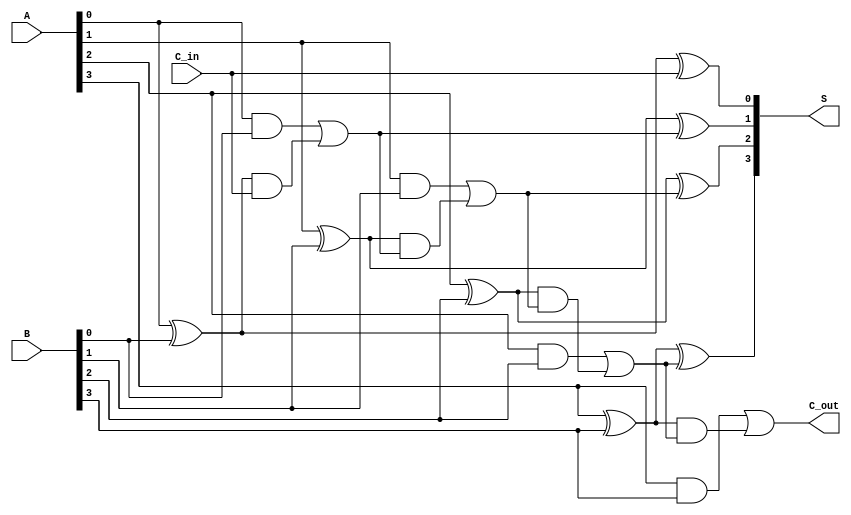
module LingAdder #(parameter n = 4) (
    input  wire [n-1:0] A,      // First n-bit input
    input  wire [n-1:0] B,      // Second n-bit input
    input  wire C_in,           // Input carry
    output wire [n-1:0] S,      // n-bit sum output
    output wire C_out           // Output carry
);

    // Internal wires for carry generation and propagation
    wire [n-1:0] G; // Generate
    wire [n-1:0] P; // Propagate
    wire [n:0] C;   // Carry signals

    // Generate and Propagate logic
    genvar i;
    generate
        for (i = 0; i < n; i = i + 1) begin: gen_prop
            assign G[i] = A[i] & B[i];          // Generate
            assign P[i] = A[i] ^ B[i];          // Propagate
        end
    endgenerate

    // Carry signals calculation
    assign C[0] = C_in; // Initial carry input
    generate
        for (i = 0; i < n; i = i + 1) begin: carry_logic
            assign C[i + 1] = G[i] | (P[i] & C[i]); // Carry out for each bit
        end
    endgenerate

    // Sum calculation
    generate
        for (i = 0; i < n; i = i + 1) begin: sum_logic
            assign S[i] = P[i] ^ C[i]; // Sum output
        end
    endgenerate

    // Final carry output
    assign C_out = C[n]; // Final carry out

endmodule